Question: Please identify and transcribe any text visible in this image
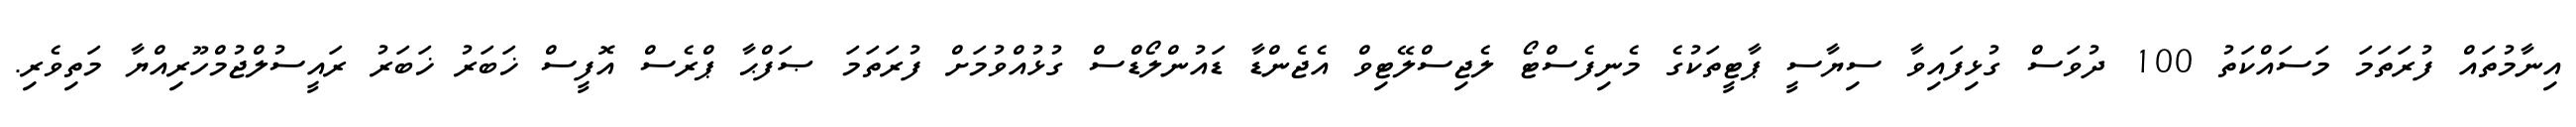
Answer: އިނާމުތައް ފުރަތަމަ މަސައްކަތު 100 ދުވަސް ގުޅިފައިވާ ސިޔާސީ ޕާޓީތަކުގެ މެނިފެސްޓޯ ލެޖިސްލޭޓިވް އެޖެންޑާ ޑައުންލޯޑްސް ގުޅުއްވުމަށް ފުރަތަމަ ޞަފްޙާ ޕްރެސް އޮފީސް ޚަބަރު ޚަބަރު ރައީސުލްޖުމްހޫރިއްޔާ މަތިވެރި.